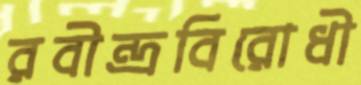
রবীন্দ্রবিরোধী